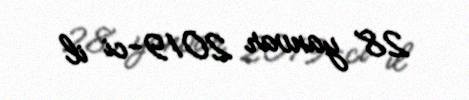
28 yanvar 2019-ci il